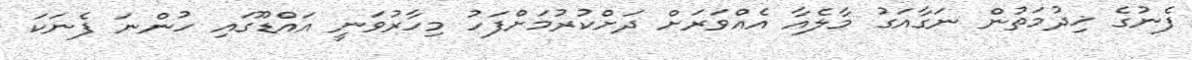
ފެނުގެ ޚިދުމަތުން ނަގާއަގު މާލެއާ އެއްވަރަށް ދަށްކުރުމަށްފަހު މިހާރުވަނީ އައްޑޫގައި ހުންނަ ފެނަކަ